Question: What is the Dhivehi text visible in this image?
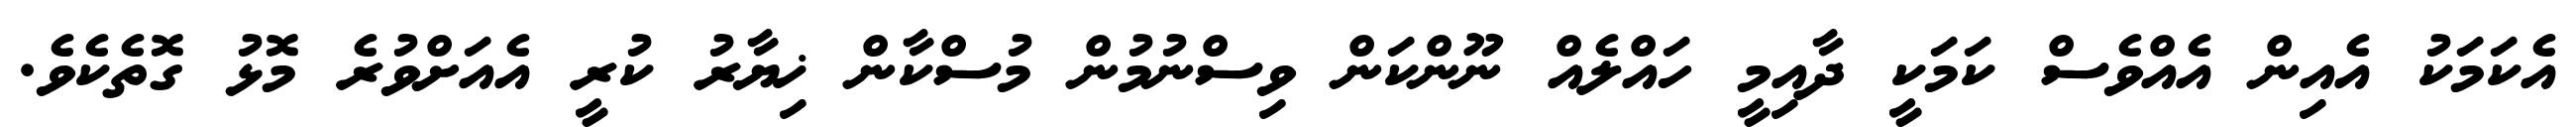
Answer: އެކަމަކު އެއިން އެއްވެސް ކަމަކީ ދާއިމީ ހައްލެއް ނޫންކަން ވިސްނުމުން މުސްކާން ޚިޔާރު ކުރީ އެއަށްވުރެ މޮޅު ގޮތެކެވެ.